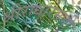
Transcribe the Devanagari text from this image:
श्रीराधारमणी